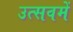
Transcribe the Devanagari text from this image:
उत्सवमें